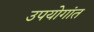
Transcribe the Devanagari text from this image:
उपयोगांत